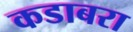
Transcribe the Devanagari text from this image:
कडाबरा